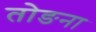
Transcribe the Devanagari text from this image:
तोङना